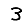
Digit: 3